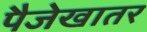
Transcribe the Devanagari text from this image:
पैजेखातर